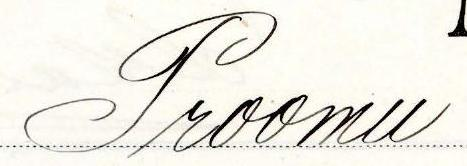
Proomu